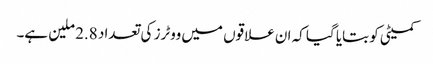
کمیٹی کو بتایا گیا کہ ان علاقوں میں ووٹرز کی تعداد 2.8 ملین ہے۔